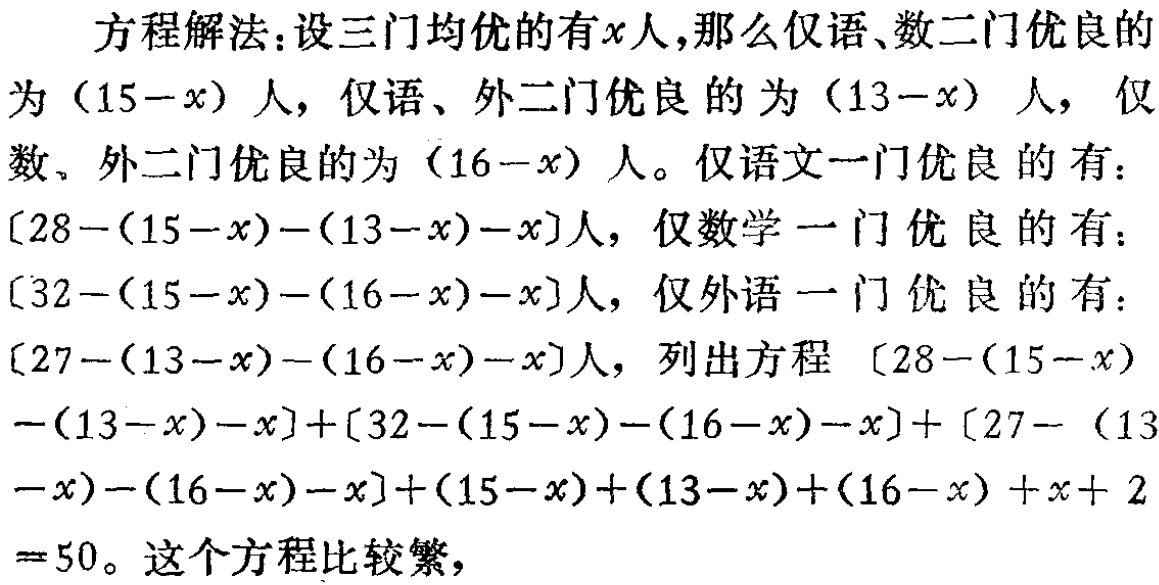
方程解法：设三门均优的有\(x\)人,那么仅语、数二门优良的为\((15 - x)\)人，仅语、外二门优良的为\((13 - x)\)人，仅数、外二门优良的为\((16 - x)\)人。仅语文一门优良的有：\([28 - (15 - x) - (13 - x) - x]\)人，仅数学一门优良的有：\([32 - (15 - x) - (16 - x) - x]\)人，仅外语一门优良的有：\([27 - (13 - x) - (16 - x) - x]\)人，列出方程\([28 - (15 - x) - (13 - x) - x]+[32 - (15 - x) - (16 - x) - x]+[27 - (13 - x) - (16 - x) - x]+(15 - x)+(13 - x)+(16 - x)+x + 2 = 50\)。这个方程比较繁，